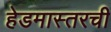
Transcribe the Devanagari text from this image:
हेडमास्तरची